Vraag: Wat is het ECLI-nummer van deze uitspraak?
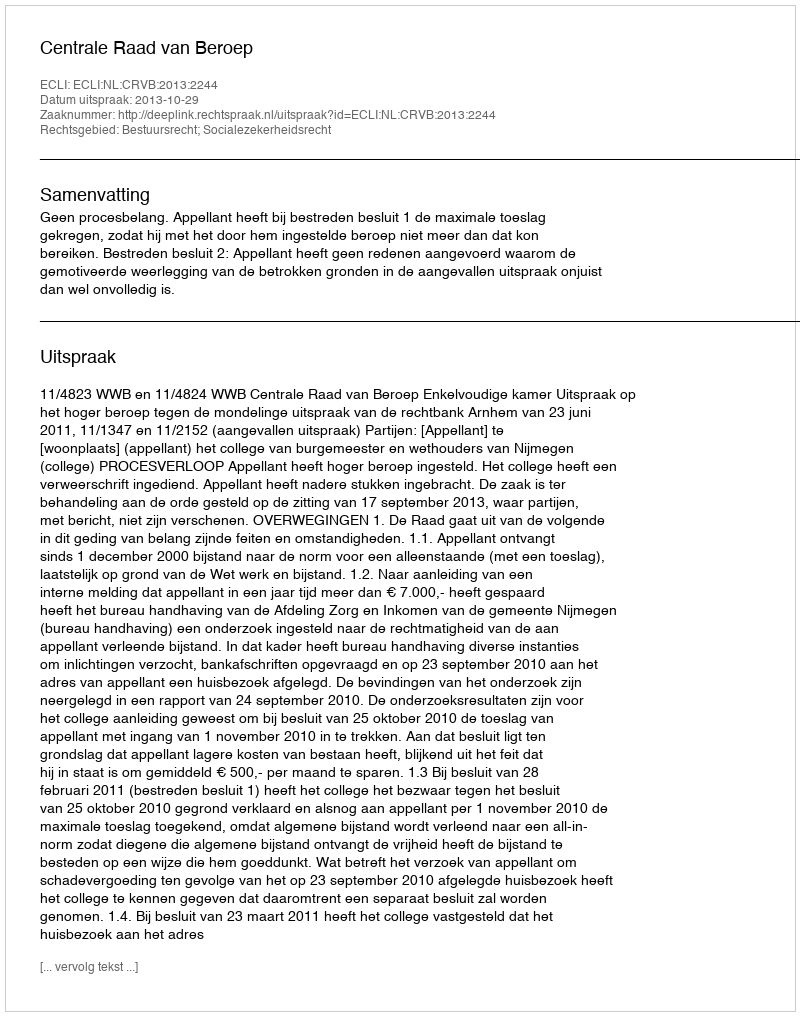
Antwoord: ECLI:NL:CRVB:2013:2244